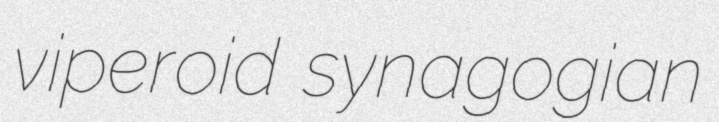
viperoid synagogian